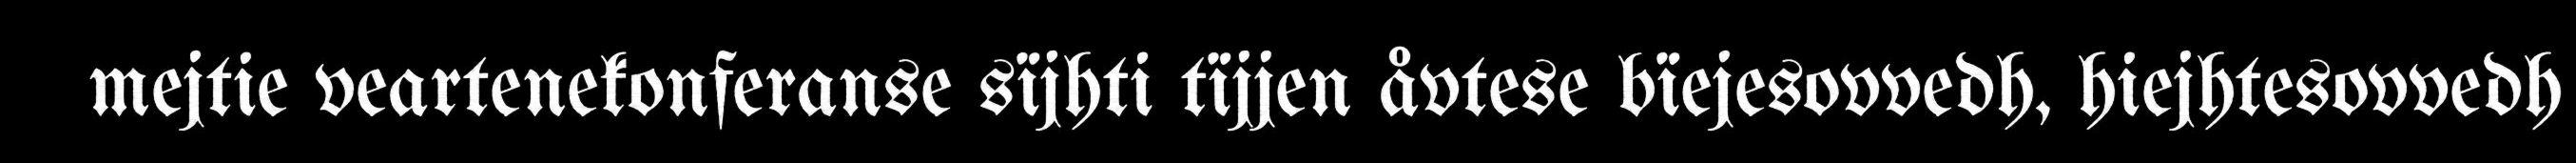
mejtie veartenekonferanse sïjhti tïjjen åvtese bïejesovvedh, hiejhtesovvedh